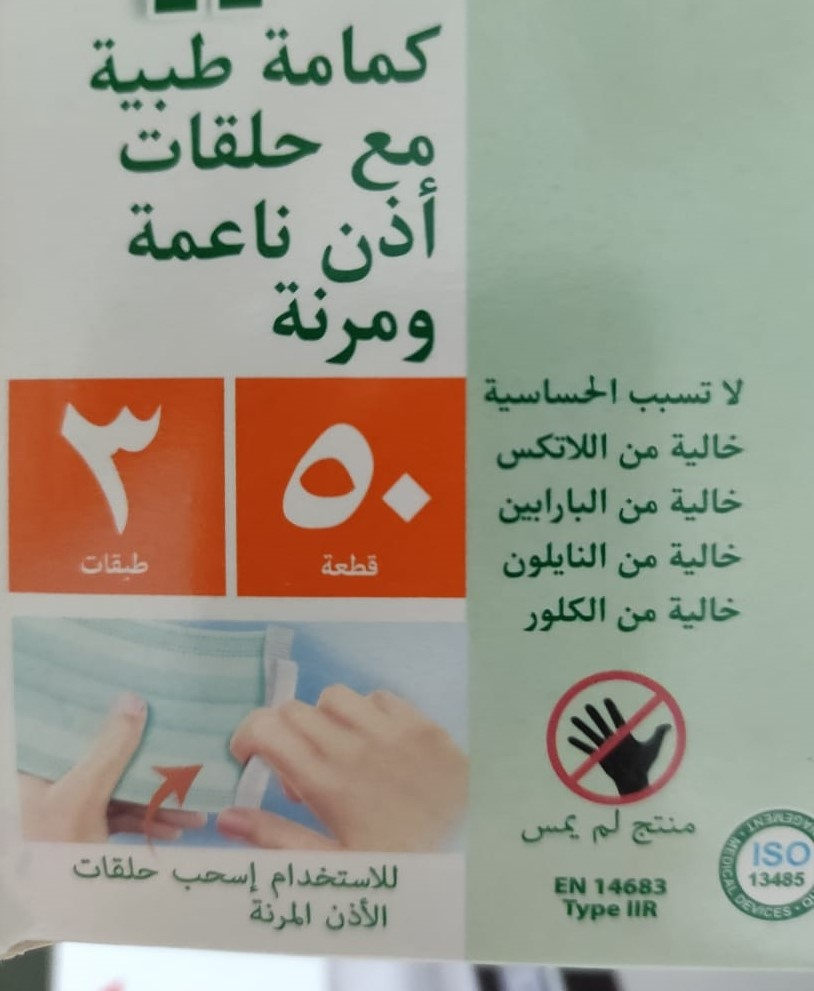
Text in image: كمامة طبية حلقات مع ناعمة أذن ومرنة لا الحساسية تسبب خالية اللاتكس من 3 50 خالية البارابين من خالية النايلون طبقات من قطعة خالية الكلور من لم يمس منتج حلقات للاستخدام إسحب IIR الأذن المرنة ISO 13485 EN 14683 Type